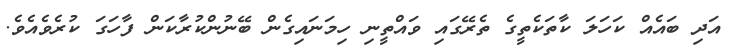
އަދި ބައެއް ކަހަލަ ކާތަކެތީގެ ތެރޭގައި ވައްތީނި ހިމަނައިގެން ބޭނުންކުރާކަން ފާހަގަ ކުރެވެއެވެ.